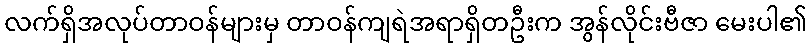
လက်ရှိအလုပ်တာဝန်များမှ တာဝန်ကျရဲအရာရှိတဦးက အွန်လိုင်းဗီဇာ မေးပါ၏